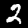
Label: 2